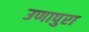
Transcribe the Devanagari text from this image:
उणापुरा